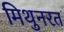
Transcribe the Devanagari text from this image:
मिथुनरत